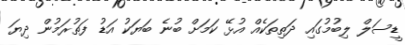
ޑީސަލް ލިބުމުގައި ދަތިތަކެއް އުޅޭ ކަމަށް ބުނެ ބަޔަކު އަޑު ފަތުރަމުން ދިޔަ